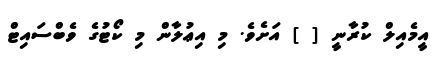
އީމެއިލް ކުރާނީ [ ] އަށެވެ. މި އިޢުލާން މި ކޯޓުގެ ވެބްސައިޓް